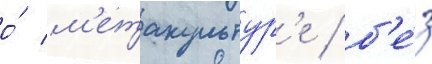
о́ м'етакультур'е / б'е́з